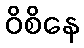
ဝိစိနေ